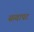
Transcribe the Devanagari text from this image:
सव्वापट